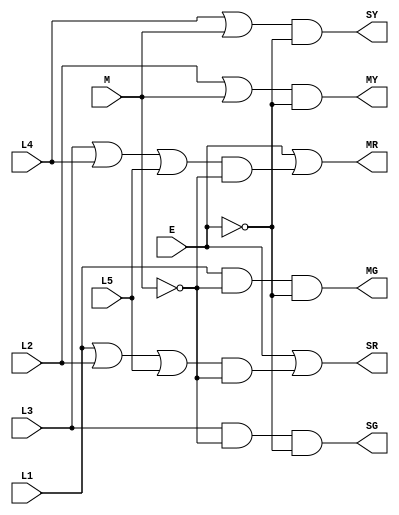
`timescale 1ns / 1ps
//////////////////////////////////////////////////////////////////////////////////
// Company: 
// Engineer: 
// 
// Design Name: 
// Module Name: LightOutputLogic
// Project Name: 
// Target Devices: 
// Tool Versions: 
// Description: 
// 
// Dependencies: 
// 
// Revision:
// Revision 0.01 - File Created
// Additional Comments:
// 
//////////////////////////////////////////////////////////////////////////////////
module LightOutputLogic(L1, L2, L3, L4, L5, MR, MY, MG, SR, SY, SG, M, E);
   input   L1;
   input   L2;
   input   L3;
   input   L4;
   input   L5;
   input   M;
   input   E;
   output  MR;
   output  MY;
   output  MG;
   output  SR;
   output  SY;
   output  SG;
   assign MR = E|((L3 | L4 | L5)&(~M));
   assign MY = (L2 | M)&(~E);
   assign MG = L1&(~M)&(~E);
   assign SR = E|((L1 | L2 | L5)&(~M));
   assign SY = (L4 | M)&(~E);
   assign SG = L3&(~M)&(~E);
   
endmodule